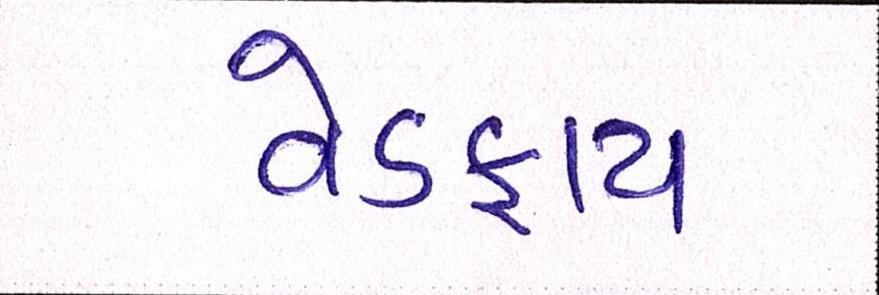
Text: વેડફાય